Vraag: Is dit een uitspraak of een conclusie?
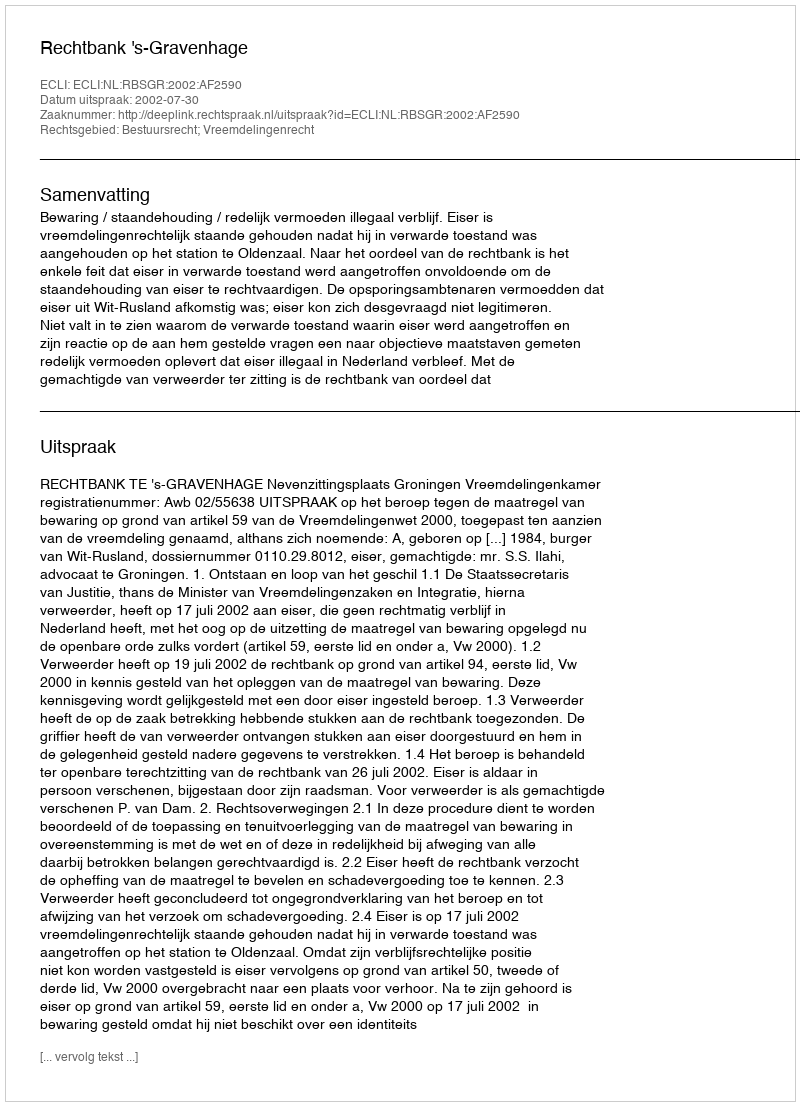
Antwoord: Uitspraak